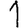
Digit: 1